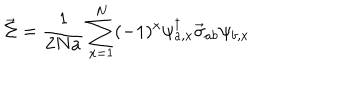
\vec { \Sigma } = \frac { 1 } { 2 N a } \sum _ { x = 1 } ^ { N } ( - 1 ) ^ { x } \psi _ { a , x } ^ { \dagger } \vec { \sigma } _ { a b } \psi _ { b , x }